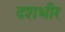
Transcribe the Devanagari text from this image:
दशभीर